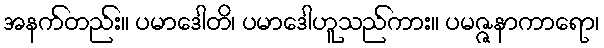
အနက်တည်း။ ပမာဒေါတိ၊ ပမာဒေါဟူသည်ကား။ ပမဇ္ဇနာကာရော၊